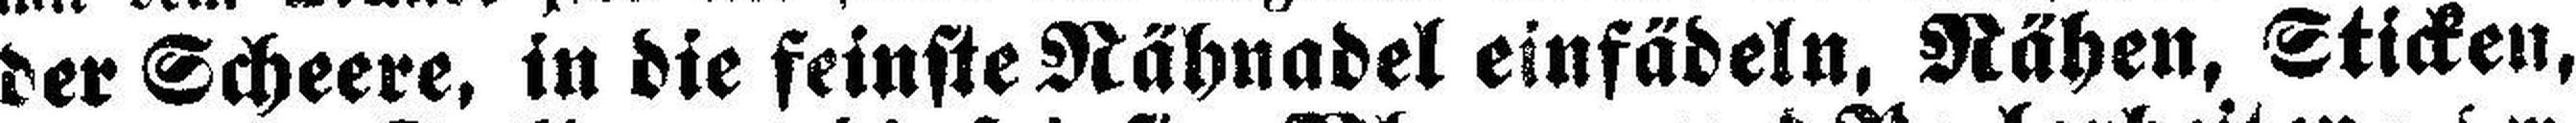
der Scheere, in die feinste Nähnadel einfädeln, Nähen, Sticken,